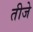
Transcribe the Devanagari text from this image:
तीजे